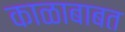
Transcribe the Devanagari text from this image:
काळाबाबत